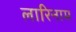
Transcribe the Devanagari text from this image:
लारिनाम